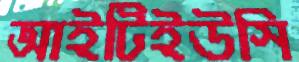
আইটিইউসি